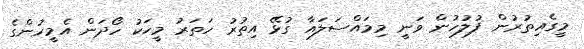
މީގެއިތުރުން ފުލުހުން ވަނީ މިމައްސަލައާ ގުޅޭ އިތުރު ހަތަރު މީހަކު ހޯދަން އެމީހުންގެ